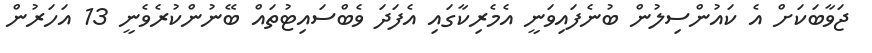
ޖަވާބަކަށް އެ ކައުންސިލުން ބުނެފައިވަނީ އެމެރިކާގައި އެފަދަ ވެބްސައިޓުތައް ބޭނުންކުރެވެނީ 13 އަހަރުން